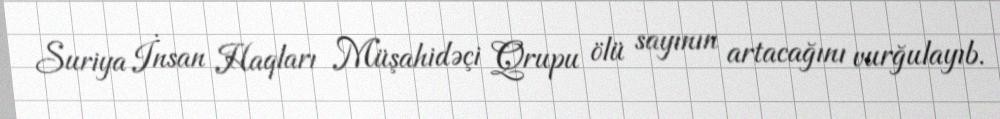
Suriya İnsan Haqları Müşahidəçi Qrupu ölü sayının artacağını vurğulayıb.